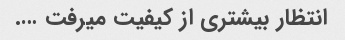
انتظار بیشتری از کیفیت میرفت ….